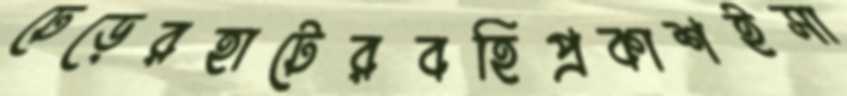
ঢেড়েরহাটেরবহিপ্রকাশইসা